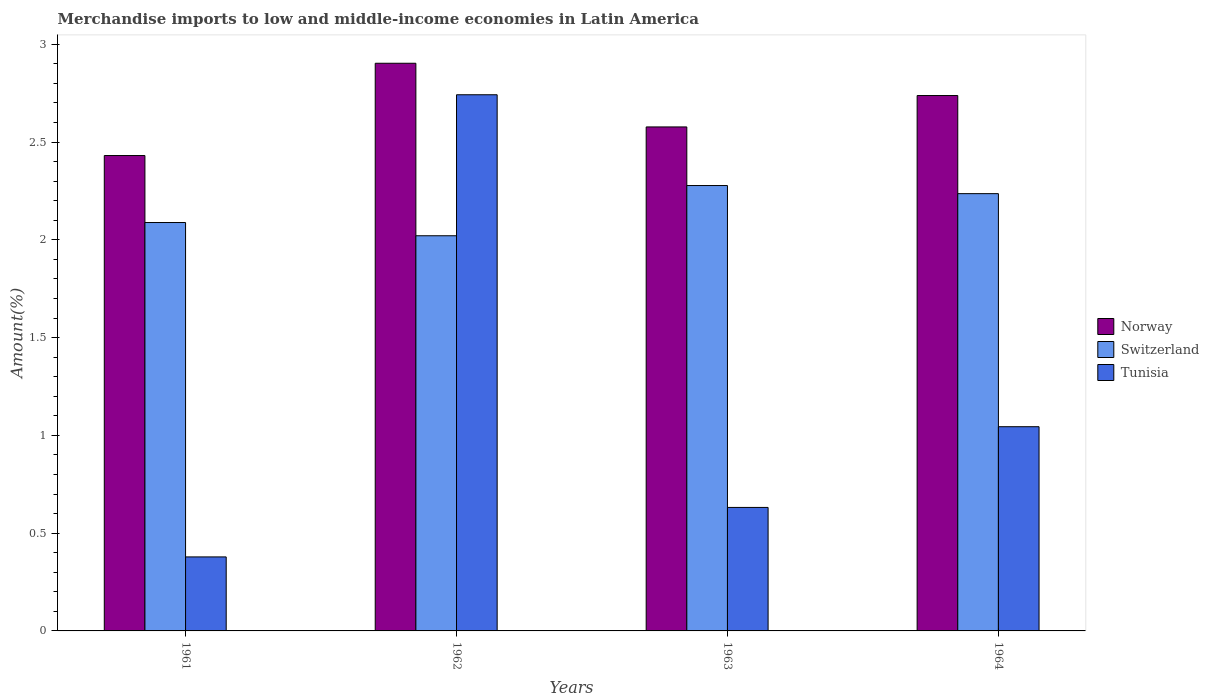
| Years | Norway | Switzerland | Tunisia |
 | --- | --- | --- | --- |
 | 1961 | 2.43 | 2.09 | 0.378 |
 | 1962 | 2.9 | 2.02 | 2.74 |
 | 1963 | 2.58 | 2.28 | 0.631 |
 | 1964 | 2.74 | 2.24 | 1.04 |